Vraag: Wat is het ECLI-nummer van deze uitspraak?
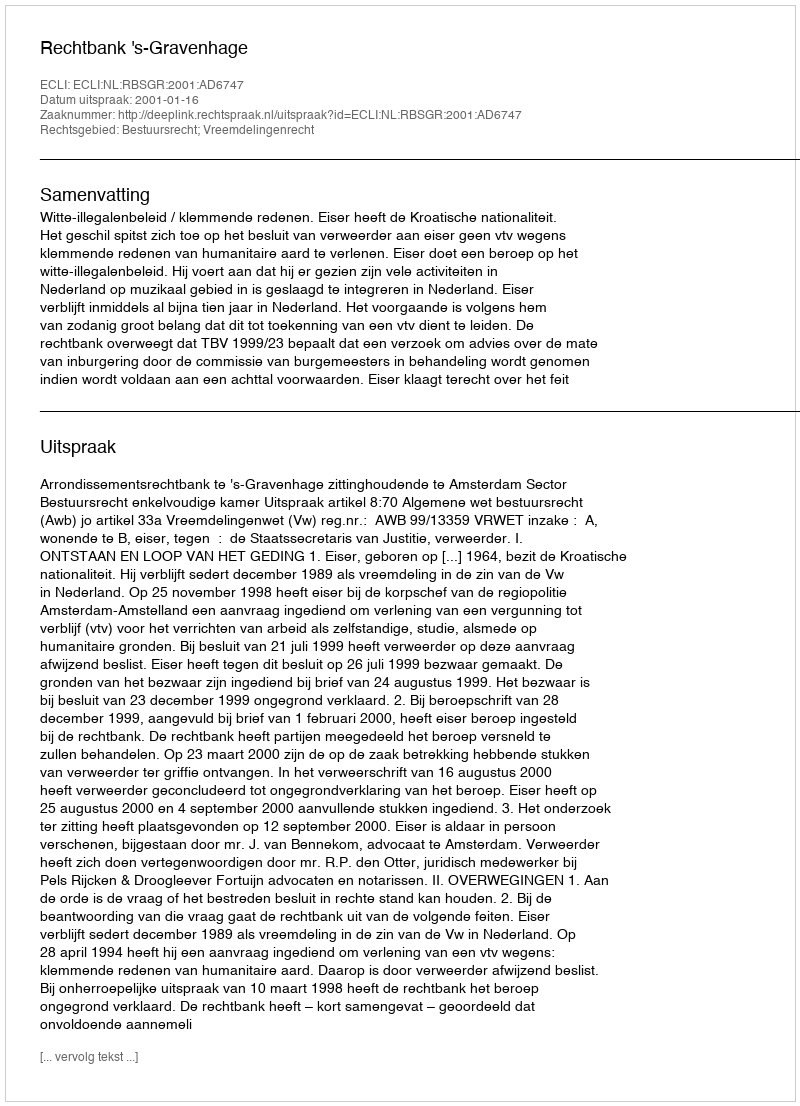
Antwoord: ECLI:NL:RBSGR:2001:AD6747